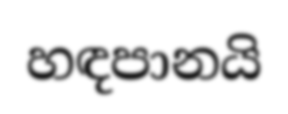
හඳපානයි